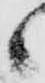
候